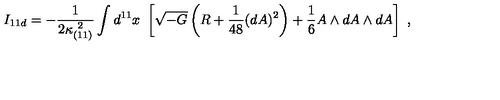
I _ { 1 1 d } = - { \frac { 1 } { 2 \kappa _ { ( 1 1 ) } ^ { \ 2 } } } \int d ^ { 1 1 } x \ \left[ \sqrt { - G } \left( R + { \frac { 1 } { 4 8 } } ( d A ) ^ { 2 } \right) + { \frac { 1 } { 6 } } A \wedge d A \wedge d A \right] \ ,